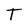
Character: T